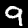
Digit: 9